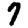
Digit: 7